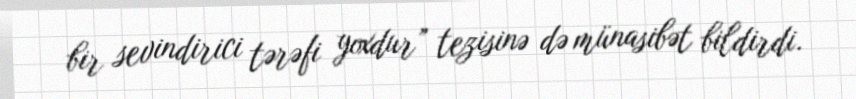
bir sevindirici tərəfi yoxdur” tezisinə də münasibət bildirdi.